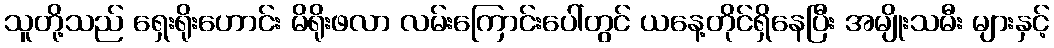
သူတို့သည် ရှေးရိုးဟောင်း မိရိုးဖလာ လမ်းကြောင်းပေါ်တွင် ယနေ့တိုင်ရှိနေပြီး အမျိုးသမီး များနှင့်